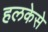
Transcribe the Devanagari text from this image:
हलकेसे